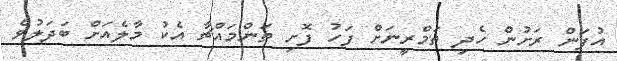
އުފަން ރަށުން ހެދި ތަމްރީނަށް ފަހު ފޮށި ތަންމައްޗާ އެކު މާލެއަށް ބަދަލުވެ